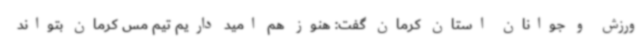
ورزش و جوانان استان کرمان گفت: هنوز هم امید داریم تیم مس کرمان بتواند